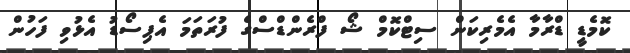
ކޮމެޑީ ޑްރާމާ އެމެރިކަން ސިޓްކޮމް ޝޯ ފްރެންޑްސްގެ ފުރަތަމަ އެޕިސޯޑު އެޅުވި ފަހުން